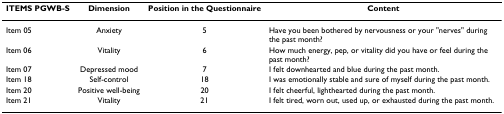
<table><thead><tr><td><b>ITEMS PGWB-S</b></td><td><b>Dimension</b></td><td><b>Position in the Questionnaire</b></td><td><b>Content</b></td></tr></thead><tbody><tr><td>Item 05</td><td>Anxiety</td><td>5</td><td>Have you been bothered by nervousness or your &quot;nerves&quot; during the past month?</td></tr><tr><td>Item 06</td><td>Vitality</td><td>6</td><td>How much energy, pep, or vitality did you have or feel during the past month?</td></tr><tr><td>Item 07</td><td>Depressed mood</td><td>7</td><td>I felt downhearted and blue during the past month.</td></tr><tr><td>Item 18</td><td>Self-control</td><td>18</td><td>I was emotionally stable and sure of myself during the past month.</td></tr><tr><td>Item 20</td><td>Positive well-being</td><td>20</td><td>I felt cheerful, lighthearted during the past month.</td></tr><tr><td>Item 21</td><td>Vitality</td><td>21</td><td>I felt tired, worn out, used up, or exhausted during the past month.</td></tr></tbody></table>